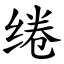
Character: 绻